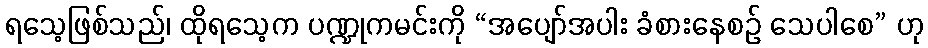
ရသေ့ဖြစ်သည်၊ ထိုရသေ့က ပဏ္ဍုကမင်းကို “အပျော်အပါး ခံစားနေစဉ် သေပါစေ” ဟု